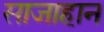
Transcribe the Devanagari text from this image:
साजाहान